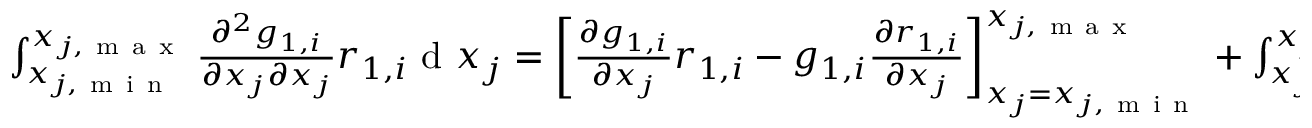
\begin{array} { r } { \int _ { x _ { j , \mathrm { ~ m ~ i ~ n ~ } } } ^ { x _ { j , \mathrm { ~ m ~ a ~ x ~ } } } { \frac { \partial ^ { 2 } g _ { 1 , i } } { \partial x _ { j } \partial x _ { j } } r _ { 1 , i } } \mathrm { ~ d ~ } x _ { j } = \left[ \frac { \partial g _ { 1 , i } } { \partial x _ { j } } r _ { 1 , i } - g _ { 1 , i } \frac { \partial r _ { 1 , i } } { \partial x _ { j } } \right] _ { x _ { j } = x _ { j , \mathrm { ~ m ~ i ~ n ~ } } } ^ { x _ { j , \mathrm { ~ m ~ a ~ x ~ } } } + \int _ { x _ { j , \mathrm { ~ m ~ i ~ n ~ } } } ^ { x _ { j , \mathrm { ~ m ~ a ~ x ~ } } } { \frac { \partial ^ { 2 } r _ { 1 , i } } { \partial x _ { j } \partial x _ { j } } g _ { 1 , i } } \mathrm { ~ d ~ } x _ { j } , } \end{array}